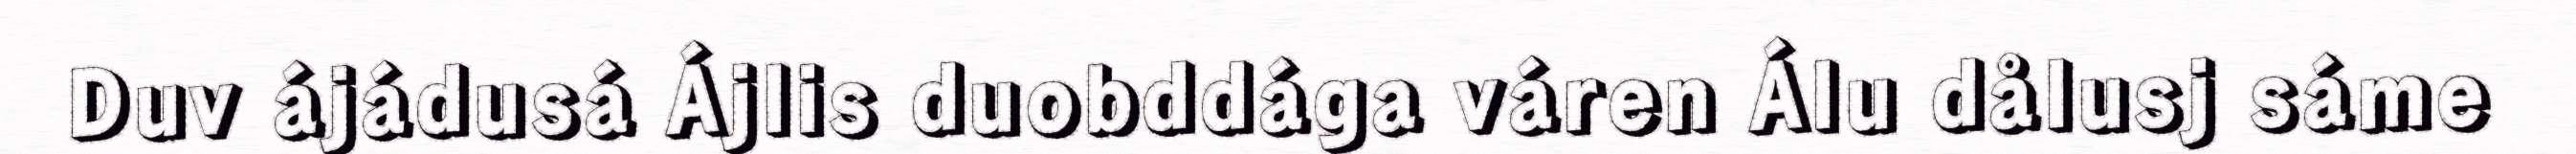
Duv ájádusá Ájlis duobddága váren Álu dålusj sáme